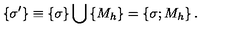
\left\{ \sigma ^ { \prime } \right\} \equiv \left\{ \sigma \right\} \bigcup \left\{ M _ { h } \right\} = \left\{ \sigma ; M _ { h } \right\} .